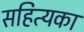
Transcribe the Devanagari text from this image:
सहित्यका